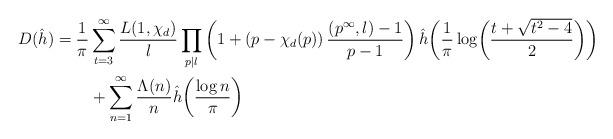
LaTeX: \begin{align*}D(\hat{h})=\frac1\pi&\sum_{t=3}^\infty \frac{L(1,\chi_d)}{l}\prod_{p\mid l}\left(1+\left(p-\chi_d(p)\right)\frac{\left(p^\infty,l\right)-1}{p-1}\right)\hat{h}\!\left(\frac{1}{\pi}\log\!\left(\frac{t+\sqrt{t^2-4}}{2}\right)\right)\\&+\sum_{n=1}^\infty\frac{\Lambda(n)}{n}\hat{h}\!\left(\frac{\log n}{\pi}\right)\end{align*}